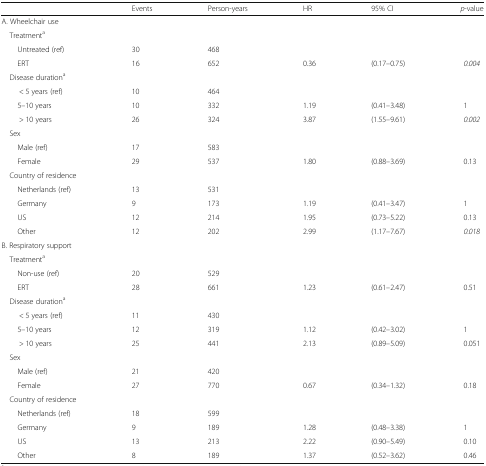
<table><thead><tr><td></td><td><b>Events</b></td><td><b>Person-years</b></td><td><b>HR</b></td><td><b>95% CI</b></td><td><b><i>p</i>-value</b></td></tr></thead><tbody><tr><td>A. Wheelchair use</td><td></td><td></td><td></td><td></td><td></td></tr><tr><td> Treatment<sup>a</sup></td><td></td><td></td><td></td><td></td><td></td></tr><tr><td>Untreated (ref)</td><td>30</td><td>468</td><td></td><td></td><td></td></tr><tr><td>ERT</td><td>16</td><td>652</td><td>0.36</td><td>(0.17–0.75)</td><td><i>0.004</i></td></tr><tr><td> Disease duration<sup>a</sup></td><td></td><td></td><td></td><td></td><td></td></tr><tr><td>&lt; 5 years (ref)</td><td>10</td><td>464</td><td></td><td></td><td></td></tr><tr><td>5–10 years</td><td>10</td><td>332</td><td>1.19</td><td>(0.41–3.48)</td><td>1</td></tr><tr><td>&gt; 10 years</td><td>26</td><td>324</td><td>3.87</td><td>(1.55–9.61)</td><td><i>0.002</i></td></tr><tr><td> Sex</td><td></td><td></td><td></td><td></td><td></td></tr><tr><td>Male (ref)</td><td>17</td><td>583</td><td></td><td></td><td></td></tr><tr><td>Female</td><td>29</td><td>537</td><td>1.80</td><td>(0.88–3.69)</td><td>0.13</td></tr><tr><td> Country of residence</td><td></td><td></td><td></td><td></td><td></td></tr><tr><td>Netherlands (ref)</td><td>13</td><td>531</td><td></td><td></td><td></td></tr><tr><td>Germany</td><td>9</td><td>173</td><td>1.19</td><td>(0.41–3.47)</td><td>1</td></tr><tr><td>US</td><td>12</td><td>214</td><td>1.95</td><td>(0.73–5.22)</td><td>0.13</td></tr><tr><td>Other</td><td>12</td><td>202</td><td>2.99</td><td>(1.17–7.67)</td><td><i>0.018</i></td></tr><tr><td>B. Respiratory support</td><td></td><td></td><td></td><td></td><td></td></tr><tr><td> Treatment<sup>a</sup></td><td></td><td></td><td></td><td></td><td></td></tr><tr><td>Non-use (ref)</td><td>20</td><td>529</td><td></td><td></td><td></td></tr><tr><td>ERT</td><td>28</td><td>661</td><td>1.23</td><td>(0.61–2.47)</td><td>0.51</td></tr><tr><td> Disease duration<sup>a</sup></td><td></td><td></td><td></td><td></td><td></td></tr><tr><td>&lt; 5 years (ref)</td><td>11</td><td>430</td><td></td><td></td><td></td></tr><tr><td>5–10 years</td><td>12</td><td>319</td><td>1.12</td><td>(0.42–3.02)</td><td>1</td></tr><tr><td>&gt; 10 years</td><td>25</td><td>441</td><td>2.13</td><td>(0.89–5.09)</td><td>0.051</td></tr><tr><td> Sex</td><td></td><td></td><td></td><td></td><td></td></tr><tr><td>Male (ref)</td><td>21</td><td>420</td><td></td><td></td><td></td></tr><tr><td>Female</td><td>27</td><td>770</td><td>0.67</td><td>(0.34–1.32)</td><td>0.18</td></tr><tr><td> Country of residence</td><td></td><td></td><td></td><td></td><td></td></tr><tr><td>Netherlands (ref)</td><td>18</td><td>599</td><td></td><td></td><td></td></tr><tr><td>Germany</td><td>9</td><td>189</td><td>1.28</td><td>(0.48–3.38)</td><td>1</td></tr><tr><td>US</td><td>13</td><td>213</td><td>2.22</td><td>(0.90–5.49)</td><td>0.10</td></tr><tr><td>Other</td><td>8</td><td>189</td><td>1.37</td><td>(0.52–3.62)</td><td>0.46</td></tr></tbody></table>